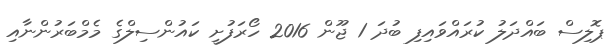
ޕޮލިސް ބައްދަލު ކުރައްވައިފި ބުދަ 1 ޖޫން 2016 ހޯރަފުށީ ކައުންސިލްގެ މެމްބަރުންނާއި